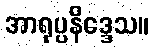
အာရုပ္ပနိဒ္ဒေသ။